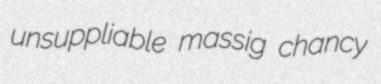
unsuppliable massig chancy